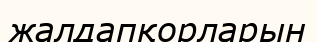
жалдапқорларын